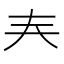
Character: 𡗗